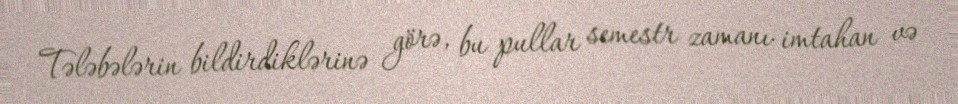
Tələbələrin bildirdiklərinə görə, bu pullar semestr zamanı imtahan və